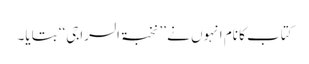
کتاب کا نام انہوں نے ’’نخبۃ السراجی‘‘ بتایا۔